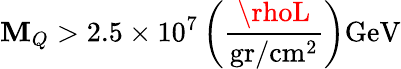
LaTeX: \mathbf{M}_{Q}>2.5\times10^{7}\left(\frac{{\rhoL}}{{\mathrm{{gr/cm^{2}}}}}\right)\mathrm{{GeV}}